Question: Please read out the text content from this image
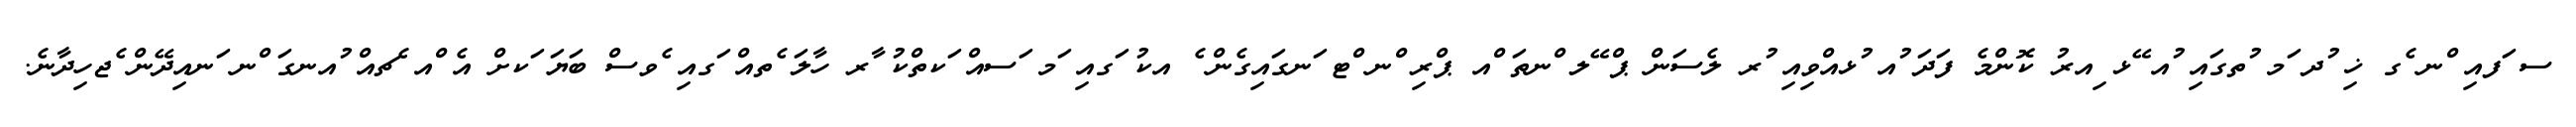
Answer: ސ ަފއި ްނ ެގ ޚި ުދ ަމ ުތގައި ުއ ޭޅ ިއރު ކޮންމެ ފަދަ ުއ ުޅއްވިއި ުރ ލެސަން ޕް ޭލ ްނތަ ްއ ޕްރި ްނ ްޓ ަނގައިގެން ެ އކު ަގއި ަމ ަސއް ަކތްކު ާރ ހާލަ ެތއް ަގއި ެވސް ބަޔަ ަކށް އެ ްއ ެޗއް ުއނގަ ްނ ަނއިދޭން ެޖހިދާނެ.